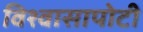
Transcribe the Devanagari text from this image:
विश्वासापोटी